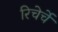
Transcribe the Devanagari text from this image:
रिचेर्चे